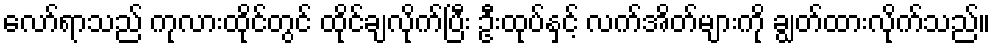
လော်ရာသည် ကုလားထိုင်တွင် ထိုင်ချလိုက်ပြီး ဦးထုပ်နှင့် လက်အိတ်များကို ချွတ်ထားလိုက်သည်။